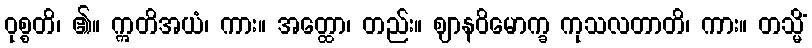
ဝုစ္စတိ၊ ၏။ ဣတိအယံ၊ ကား။ အတ္ထော၊ တည်း။ ဈာနဝိမောက္ခ ကုသလတာတိ၊ ကား။ တသ္မိံ